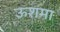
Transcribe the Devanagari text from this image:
ऊशमा